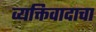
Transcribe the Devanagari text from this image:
व्यक्तिवादाचा